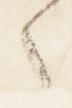
之